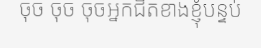
ចុច ចុច ចុចអ្នកជិតខាងខ្ញុំបន្ទប់